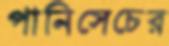
পানিসেচের